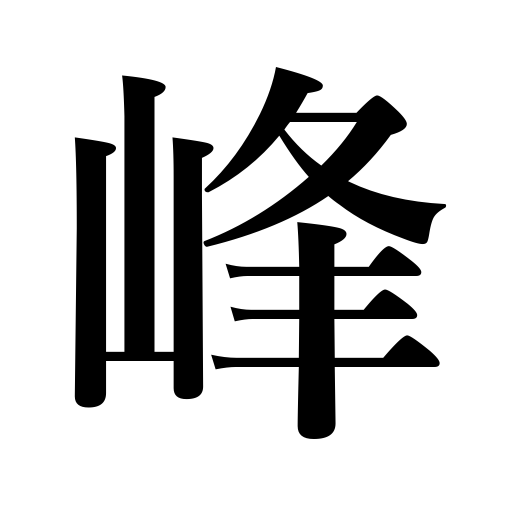
Meanings: back of a sword,top,summit,peak